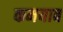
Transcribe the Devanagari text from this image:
कमयाब